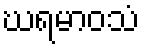
ဃရမာဝသံ